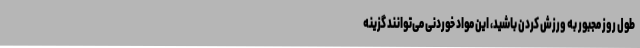
طول روز مجبور به ورزش کردن باشید، این مواد خوردنی می‌توانند گزینه